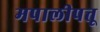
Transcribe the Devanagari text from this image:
मपालीपत्तू